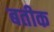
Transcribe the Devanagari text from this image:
बतीक